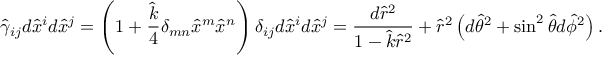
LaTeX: \hat { \gamma } _ { i j } d \hat { x } ^ { i } d \hat { x } ^ { j } = \left( 1 + { \frac { \hat { k } } { 4 } } \delta _ { m n } \hat { x } ^ { m } \hat { x } ^ { n } \right) \delta _ { i j } d \hat { x } ^ { i } d \hat { x } ^ { j } = { \frac { d \hat { r } ^ { 2 } } { 1 - \hat { k } \hat { r } ^ { 2 } } } + \hat { r } ^ { 2 } \left( d \hat { \theta } ^ { 2 } + \sin ^ { 2 } \hat { \theta } d \hat { \phi } ^ { 2 } \right) .